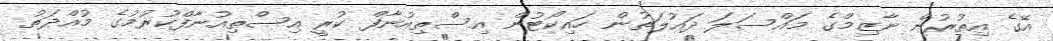
އޭގެ އިތުރުން ނާޒިމްގެ މައްސަލަ ދައުލަތުން ހައިކޯޓުން އިސްތިއުނާފް ކުރީ އިސްތިއުނާފްކުރުމުގެ މުއްދަތު